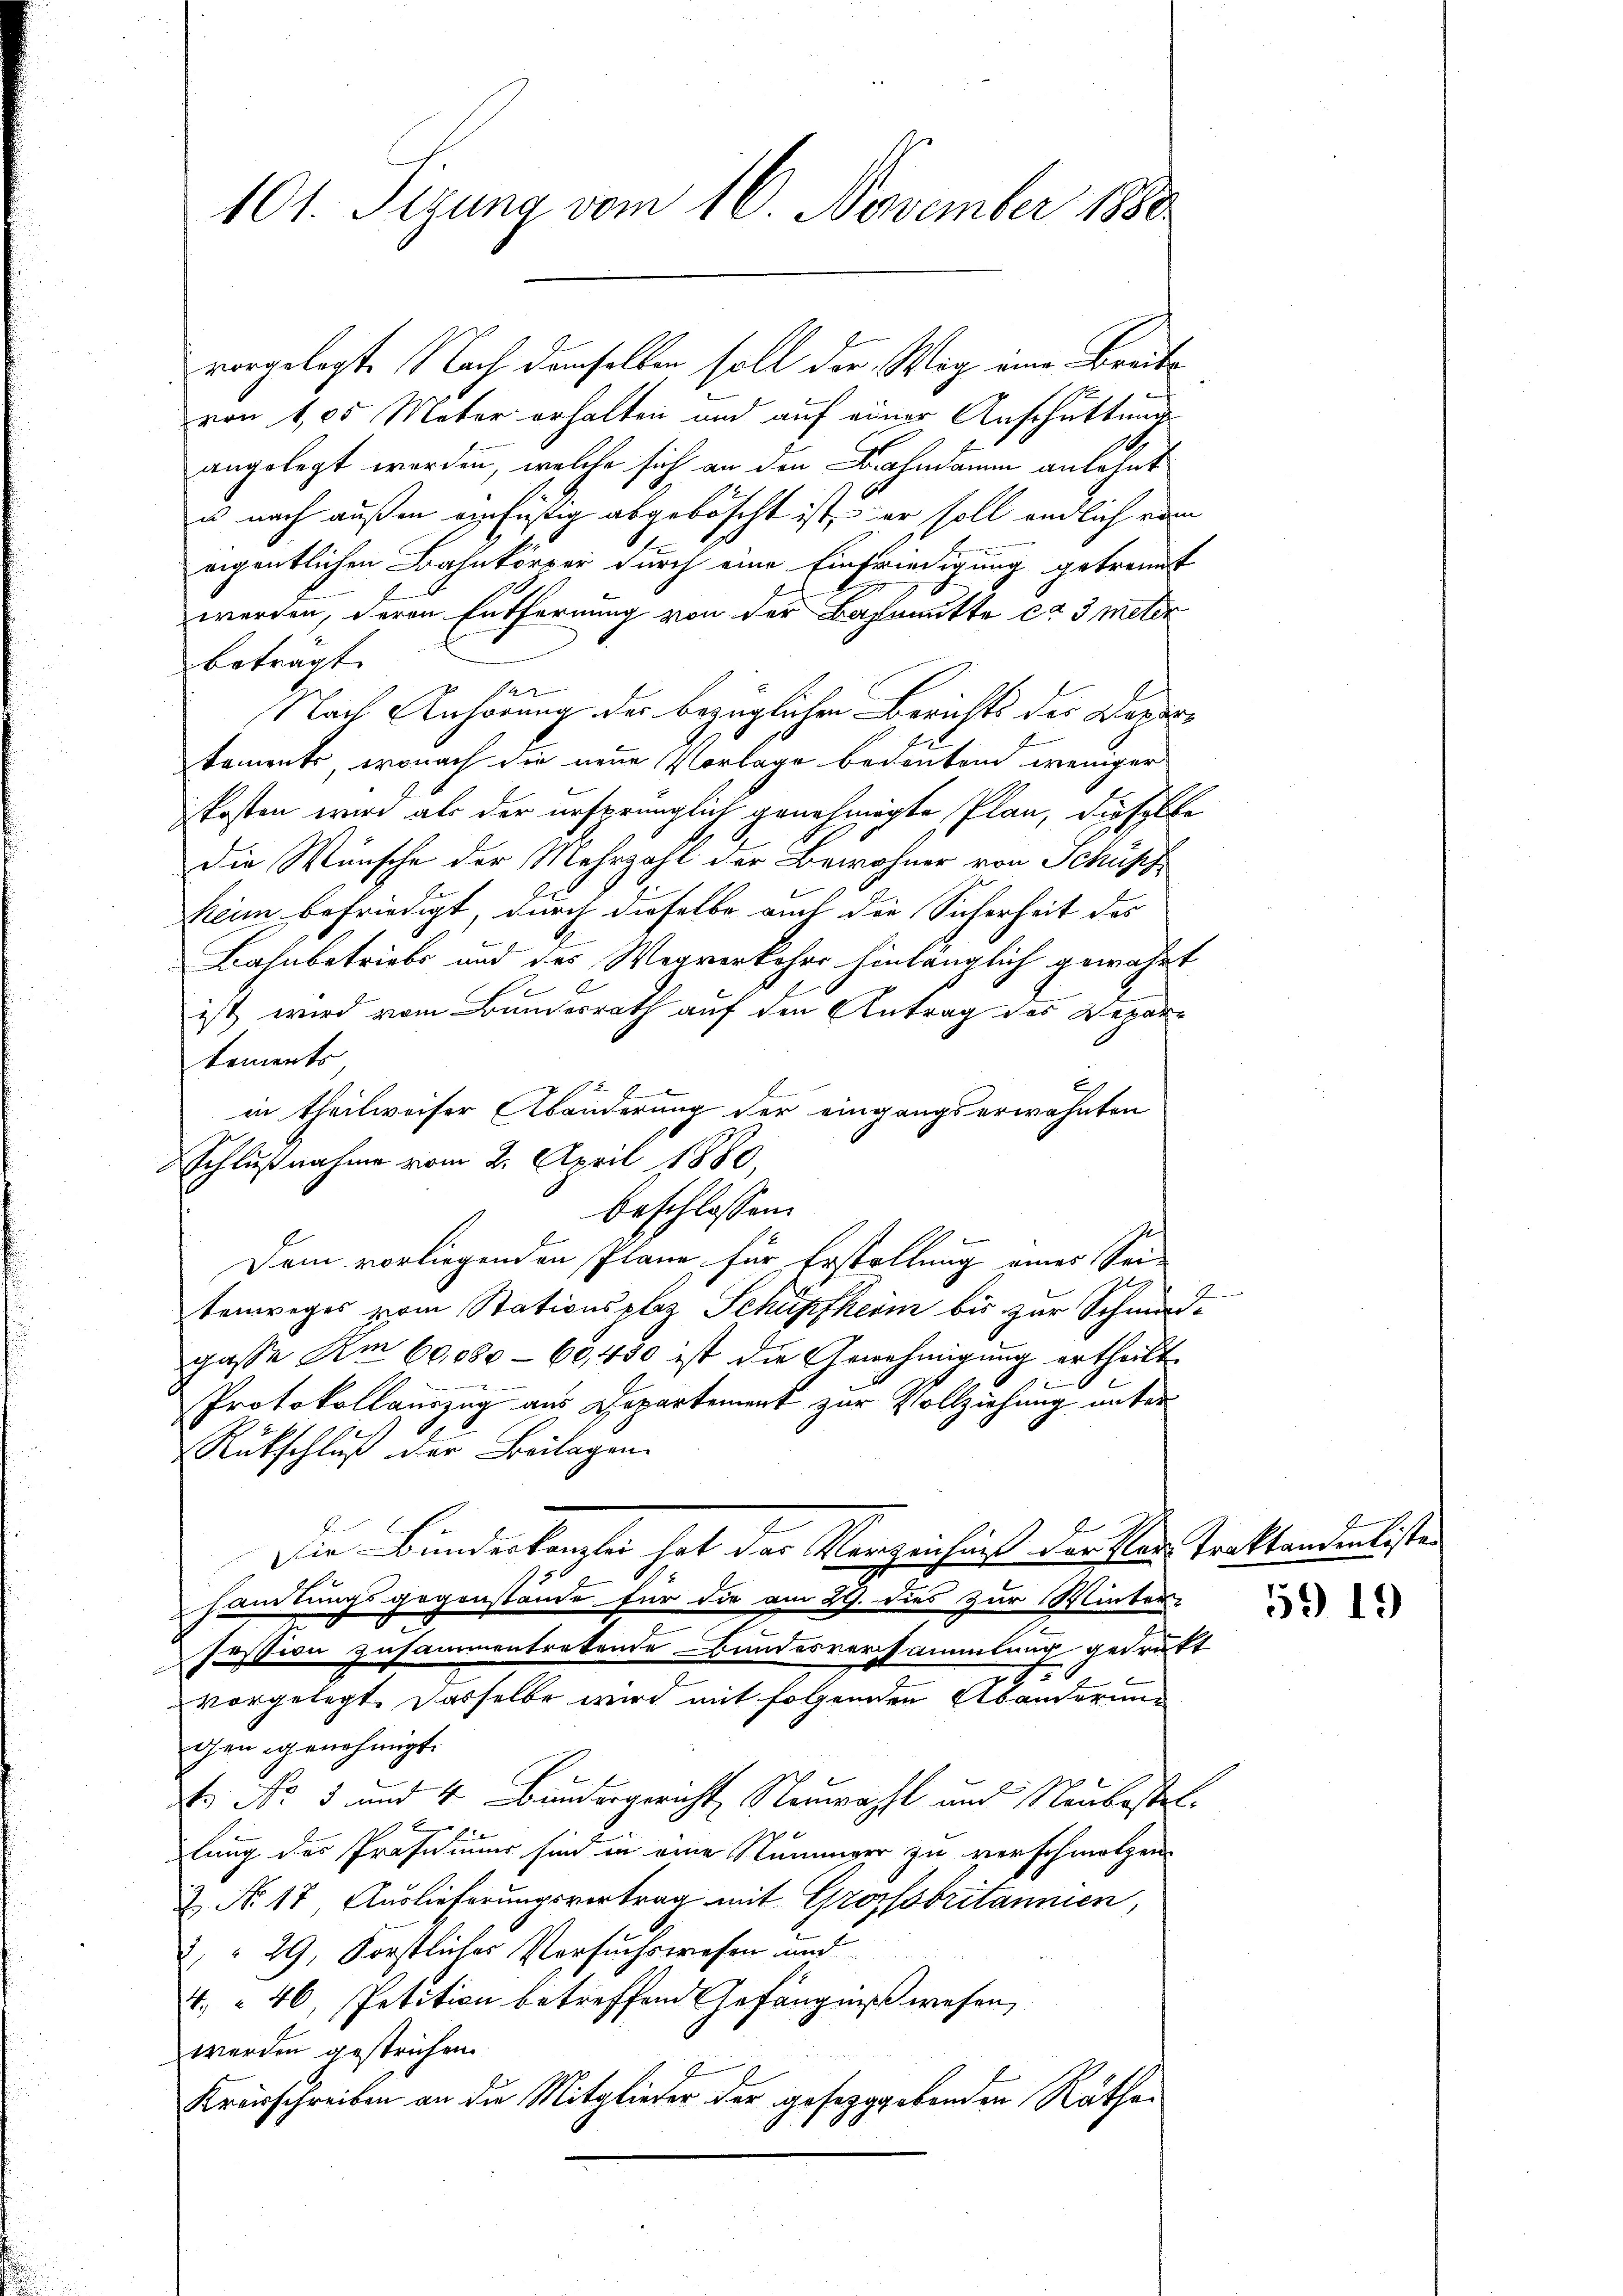
101. Sizung vom 16. November 1880.

vorgelegte Nach denselben soll der Weg eine Breite
von 1,05 Meter erhalten und auf einer Anschüttung
angelegt worden, welche sich an den Kahndamm anlehnt
u nach außen einfüßig abgeböscht ist, er soll endlich vom
eigentlichen Bahnkörper durch eine Einfriedigung getrennt
werden, deren Entfernung von der Bahnmitte ca 3 meter
betragt.
e
Nach Anhörung der bezüglichen Berichts des Departements, wonach die neue Vorlage bedeutend weniger
kosten wird als der ursprünglich genehmigte Plan, dieselbe
die Wünsche der Mehrzahl der Bewohner von Schüss
Keim befriedigt, durch dieselbe auch die Sicherheit des
Bahnbetriebs und des Wegverkehre hinlänglich gewährt
ist wird vom Bundesrath auf den Antrag des Repartoments
in theilweiser Abänderung der eingangserwähnten
Schlußnahme vom 2. April 1880,
beschlossen:
Dem vorliegenden Pläne für Erstellung eines Sei-
tenweges vom Stationsplaz Schüpfheim bis zur Schmidgasse Am 60,080–60,450 ist die Genehmigung ertheilt.
Protokollauszug aus Departement zur Vollziehung unter
Rückschluß der Beilagen.
Die Bundeskanzlei hat der Vorzeichniß der Plan Traktandenliste
samlungsgegenstände für die am 29. dies zur Winter-
Fossion zusammentretende Bundesversammlung gedrükt
t
7
vorgelegt. Dasselbe wird mit folgenden Abänderung
gen genehmigt.
S. Nr. 5 und 4 Bundergericht Neuwahl und Neubestel
7
1
lung des Präsidiums sind in eine Nummer zu verschmalzen
& No 17 Auslieferungsvertrag mit Grossbritannien,
8" 29, Förstliches Versuchswesen und
4, 46, Petition betreffend Gefängnißwesen,
werden gestrichen.
Krauschreiben an die Mitglieder der gesezggebenden Rathes

d

59 10)